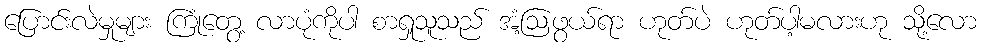
ပြောင်းလဲမှုများ ကြုံတွေ့ လာပုံကိုပါ စာရှုသူသည် အံ့ဩဖွယ်ရာ ဟုတ်ပဲ ဟုတ်ပါ့မလားဟု သို့လော